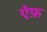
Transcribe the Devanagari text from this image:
ऐफ़